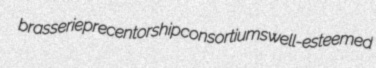
brasserie precentorship consortiums well-esteemed